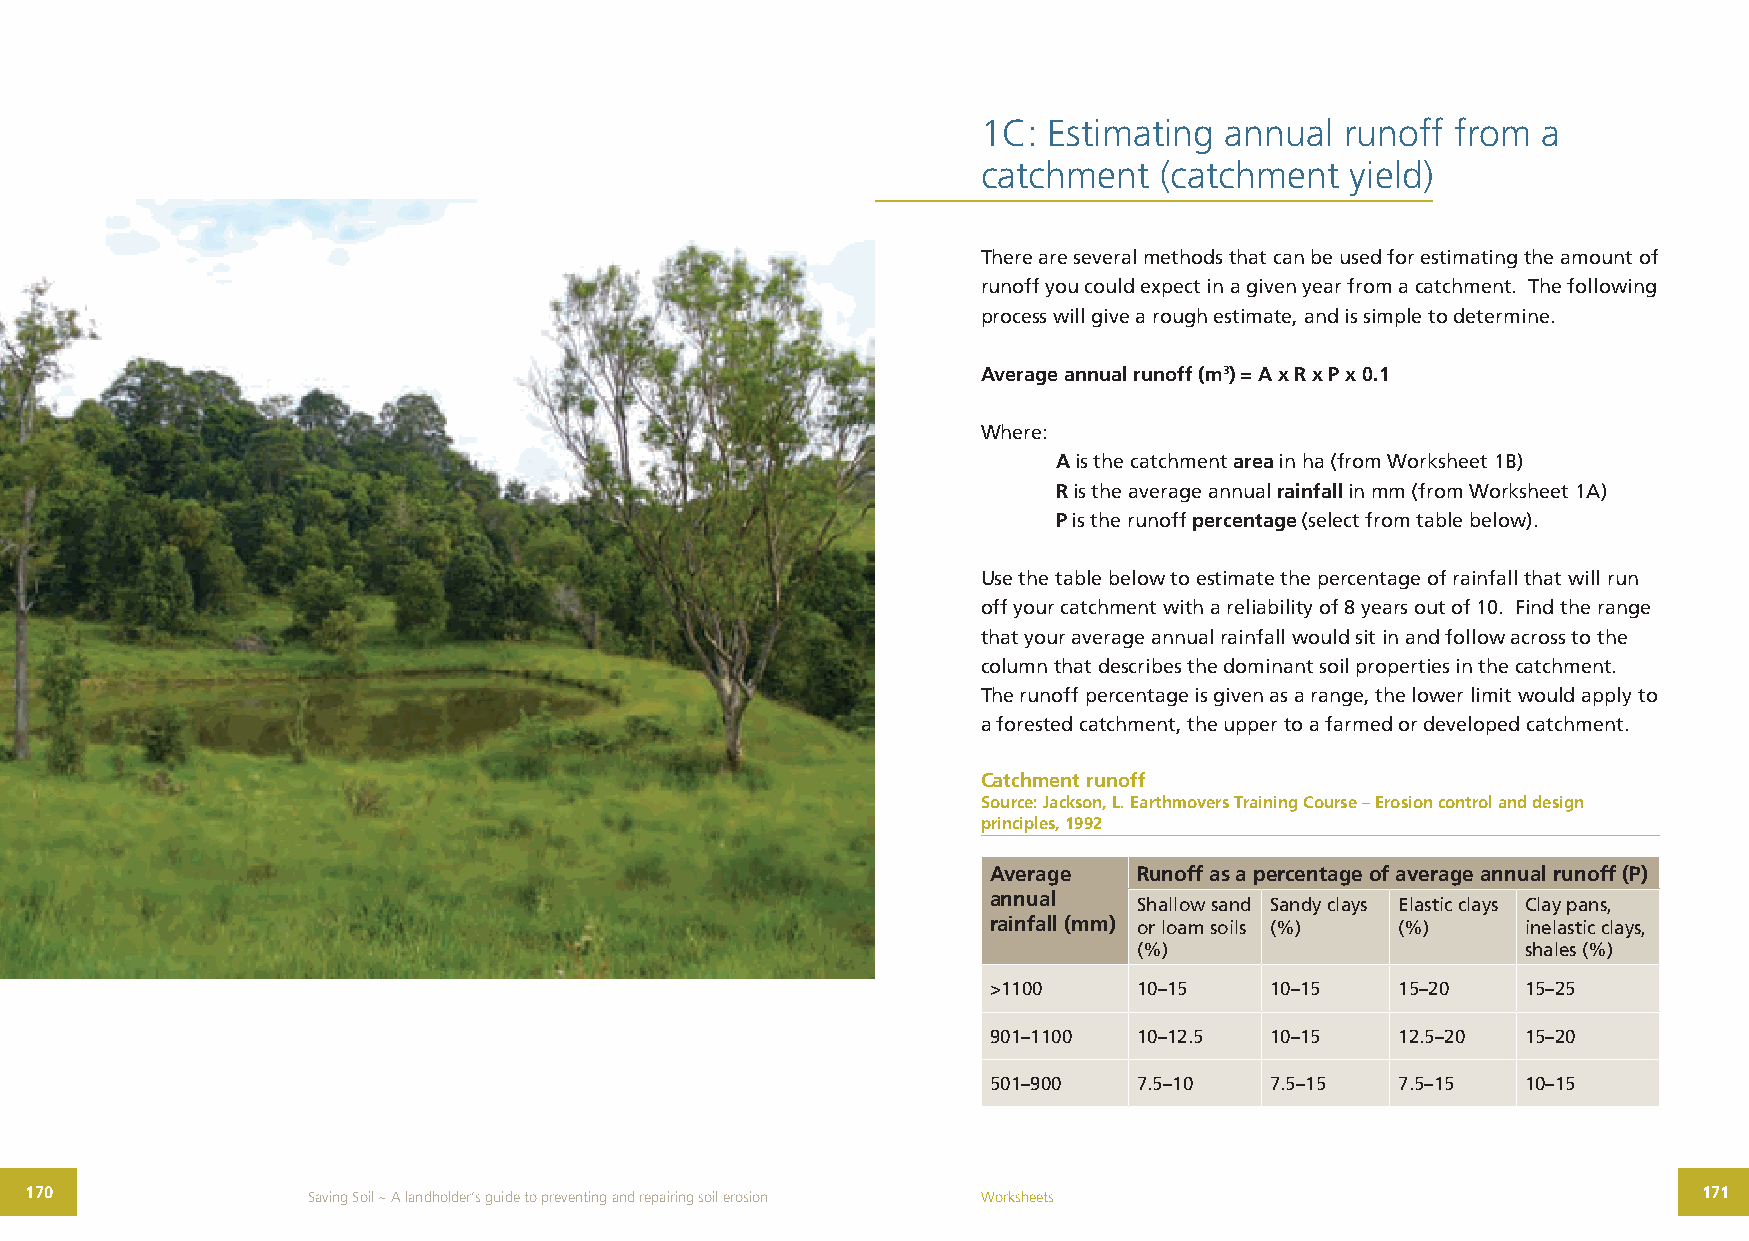
1C: Estimating  annual  runoff from  a
 catchment   (catchment  yield)
 There are several methods that can be used for estimating the amount of
 runoff you could expect in a given year from a catchment. The following
 process will give a rough estimate, and is simple to determine.
 Average annual runoff (m3) = A x R x P x 0.1
 Where:
 A is the catchment area in ha (from Worksheet 1B)
 R is the average annual rainfall in mm (from Worksheet 1A)
 P is the runoff percentage (select from table below).
 Use the table below to estimate the percentage of rainfall that will run
 off your catchment with a reliability of 8 years out of 10. Find the range
 that your average annual rainfall would sit in and follow across to the
 column that describes the dominant soil properties in the catchment.
 The runoff percentage is given as a range, the lower limit would apply to
 a forested catchment, the upper to a farmed or developed catchment.
 Catchment runoff
 Source: Jackson, L. Earthmovers Training Course – Erosion control and design
 principles, 1992
 Average   Runoff as a percentage of average annual runoff (P)
 annual
 Shallow sand Sandy clays Elastic clays Clay pans,
 rainfall (mm) or loam soils (%) (%) inelastic clays,
 (%)                       shales (%)
 >1100     10–15    10–15    15–20   15–25
 901–1100  10–12.5  10–15    12.5–20 15–20
 501–900   7.5–10   7.5–15   7.5–15  10–15
 170               Saving Soil ~ A landholder’s guide to preventing and repairing soil erosion Worksheets       171